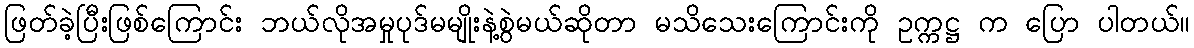
ဖြတ်ခဲ့ပြီးဖြစ်ကြောင်း ဘယ်လိုအမှုပုဒ်မမျိုးနဲ့စွဲမယ်ဆိုတာ မသိသေးကြောင်းကို ဥက္ကဋ္ဌ က ပြော ပါတယ်။